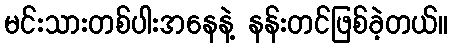
မင်းသားတစ်ပါးအနေနဲ့ နန်းတင်ဖြစ်ခဲ့တယ်။